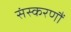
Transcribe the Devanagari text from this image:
संस्करणौं